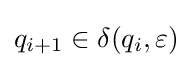
q_{i+1}\in \delta (q_{i},\varepsilon )